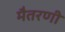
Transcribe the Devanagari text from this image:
मैतरणी